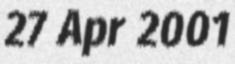
27 Apr 2001